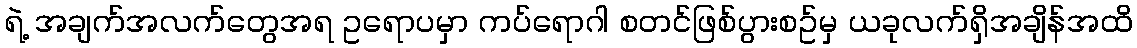
ရဲ့ အချက်အလက်တွေအရ ဥရောပမှာ ကပ်ရောဂါ စတင်ဖြစ်ပွားစဥ်မှ ယခုလက်ရှိအချိန်အထိ